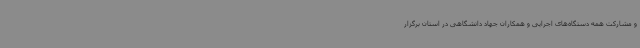
و مشارکت همه دستگاه‌های اجرایی و همکاران جهاد دانشگاهی در استان برگزار